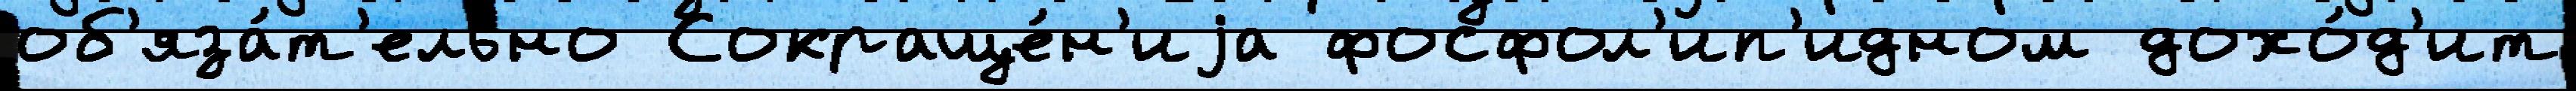
об'яза́т'ельно Сокраще́н'иjа фосфол'ип'идном дохо́д'ит